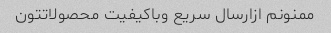
ممنونم ازارسال سریع وباکیفیت محصولاتتون